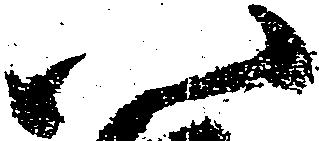
八